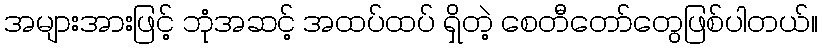
အများအားဖြင့် ဘုံအဆင့် အထပ်ထပ် ရှိတဲ့ စေတီတော်တွေဖြစ်ပါတယ်။